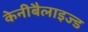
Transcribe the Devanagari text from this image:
केनीबैलाइज्ड